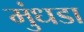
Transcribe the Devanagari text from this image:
मुंधडा